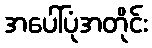
အပေါ်ပုံအတိုင်း